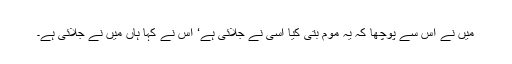
میں نے اس سے پوچھا کہ یہ موم بتی کیا اسی نے جلائی ہے‘ اس نے کہا ہاں میں نے جلائی ہے۔